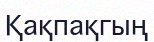
Қақпақгың